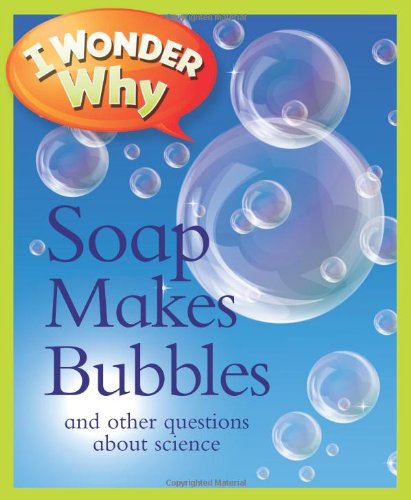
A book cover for I Wonder Why Soap Makes Bubbles: and Other Questions About Science; Barbara Taylor; Children's Books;